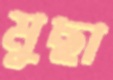
মুছা